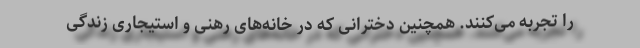
را تجربه می‌کنند. همچنین دخترانی که در خانه‌های رهنی و استیجاری زندگی